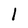
Character: 1